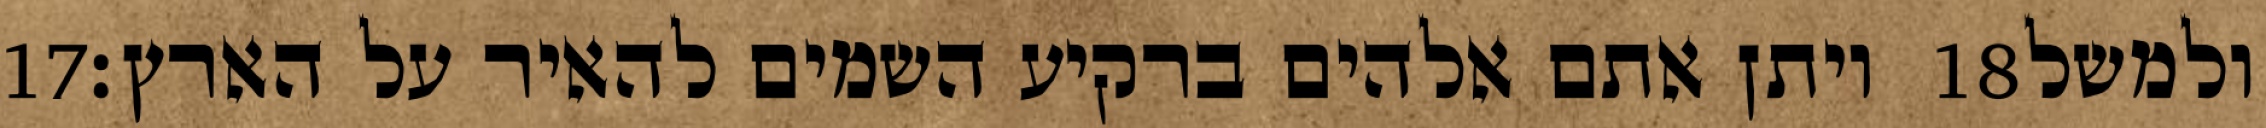
‎17‏ ויתן אתם אלהים ברקיע השמים להאיר על הארץ׃ ‎18‏ ולמשל